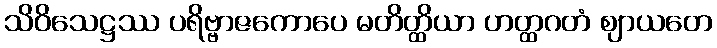
သိဝိသေဋ္ဌဿ ပရိဗ္ဗာဇကောပေ မတိတ္ထိယာ ဟတ္ထဂတံ ဈာယတေ